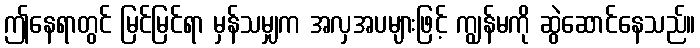
ဤနေရာတွင် မြင်မြင်ရာ မှန်သမျှက အလှအပများဖြင့် ကျွန်မကို ဆွဲဆောင်နေသည်။